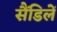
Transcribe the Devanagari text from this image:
सैंडिलें